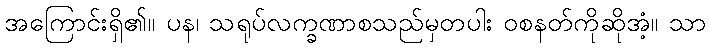
အကြောင်းရှိ၏။ ပန၊ သရုပ်လက္ခဏာစသည်မှတပါး ဝစနတ်ကိုဆိုအံ့။ သာ